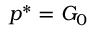
p ^ { * } = G _ { 0 }